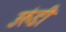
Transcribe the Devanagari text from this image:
उरुंडी